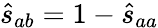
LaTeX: \hat{s}_{ab}=1-\hat{s}_{aa}